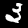
Digit: 3